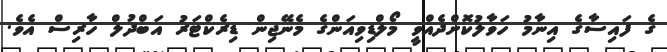
ގެ ފައިސާގެ އިނާމު ހަވާލުކޮށްދެއްވީ މޯލްޑިވިއަންގެ މެނޭޖިން ޑިރެކްޓަރު އަބްދުލް ހާރިސް އެވެ.